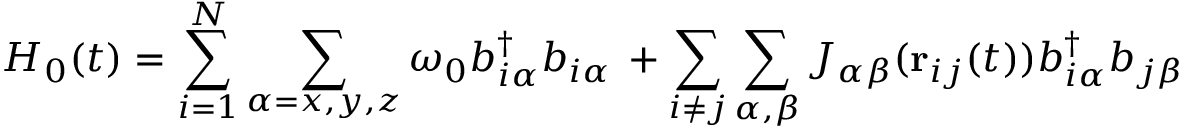
H _ { 0 } ( t ) = \sum _ { i = 1 } ^ { N } \sum _ { \alpha = x , y , z } \omega _ { 0 } b _ { i \alpha } ^ { \dagger } b _ { i \alpha } \, + \sum _ { i \neq j } \sum _ { \alpha , \beta } J _ { \alpha \beta } ( { \bf r } _ { i j } ( t ) ) b _ { i \alpha } ^ { \dagger } b _ { j \beta }